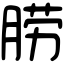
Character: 𦛨